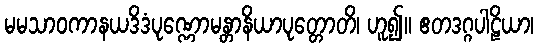
မမသာဝကာနယဒိဒံပုဏ္ဏောမန္တာနိယာပုတ္တောတိ၊ ဟူ၍။ ဧတဒဂ္ဂပါဠိယာ၊